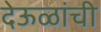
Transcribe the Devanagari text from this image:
देऊळांची